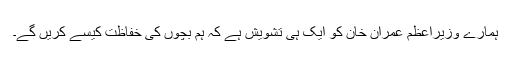
ہمارے وزیراعظم عمران خان کو ایک ہی تشویش ہے کہ ہم بچوں کی خفاظت کیسے کریں گے۔